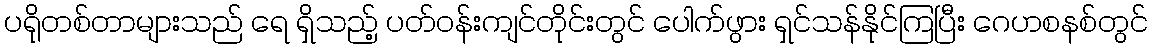
ပရိုတစ်တာများသည် ရေ ရှိသည့် ပတ်ဝန်းကျင်တိုင်းတွင် ပေါက်ဖွား ရှင်သန်နိုင်ကြပြီး ဂေဟစနစ်တွင်